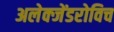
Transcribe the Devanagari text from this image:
अलेक्जेंडरोविच